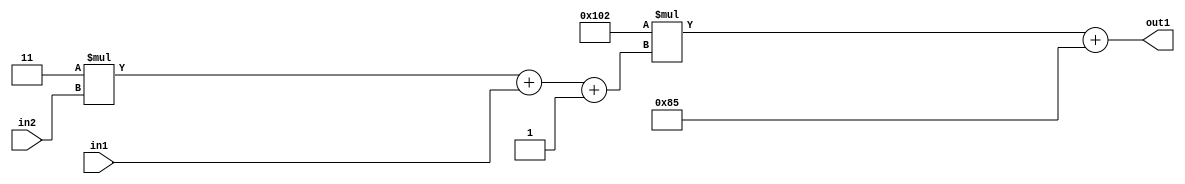
`timescale 1ps / 1ps
/*****************************************************************************
    Verilog RTL Description
    
    
    Created by: Stratus DpOpt 2019.1.01 
*******************************************************************************/

module DC_Filter_Add2i133Mul2i258Add3i1u1Mul2i3u2_4 (
	in2,
	in1,
	out1
	); /* architecture "behavioural" */ 
input [1:0] in2;
input  in1;
output [11:0] out1;
wire [11:0] asc001;
wire [3:0] asc002;

wire [3:0] asc002_tmp_0;
wire [3:0] asc002_tmp_1;
assign asc002_tmp_1 = 
	+(4'B0011 * in2);
assign asc002_tmp_0 = asc002_tmp_1
	+(in1);
assign asc002 = asc002_tmp_0
	+(4'B0001);

wire [11:0] asc001_tmp_2;
assign asc001_tmp_2 = 
	+(12'B000100000010 * asc002);
assign asc001 = asc001_tmp_2
	+(12'B000010000101);

assign out1 = asc001;
endmodule

/* CADENCE  vrTwTQw= : u9/ySgnWtBlWxVPRXgAZ4Og= ** DO NOT EDIT THIS LINE ******/